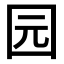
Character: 园